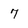
Character: 7